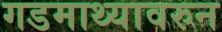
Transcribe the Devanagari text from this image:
गडमाथ्यावरुन